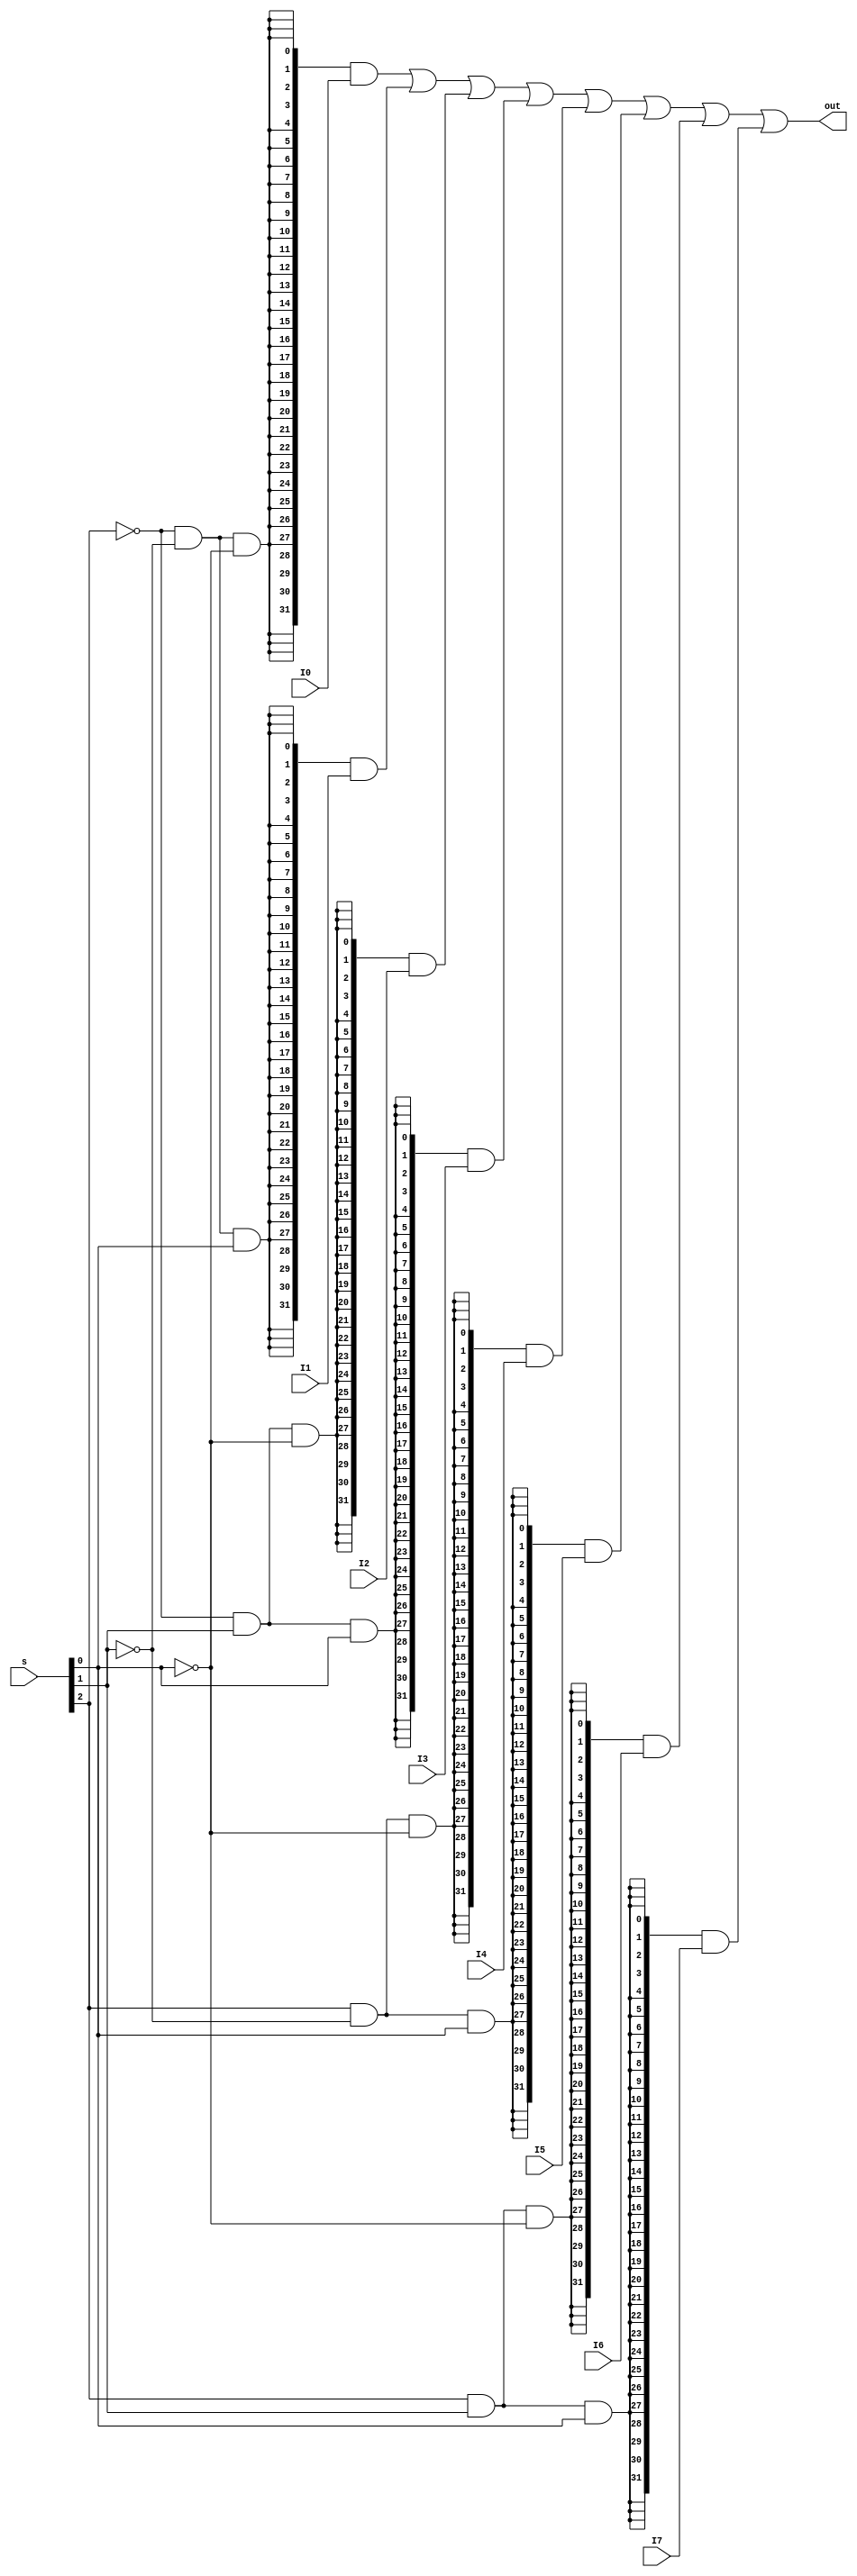
`timescale 1ns / 1ps
//////////////////////////////////////////////////////////////////////////////////
// Company: 
// Engineer: 
// 
// Design Name: 
// Module Name:    MUX8T1_32 
// Project Name: 
// Target Devices: 
// Tool versions: 
// Description: 
//
// Dependencies: 
//
// Revision: 
// Revision 0.01 - File Created
// Additional Comments: 
//
//////////////////////////////////////////////////////////////////////////////////
module MUX8T1_32(
    input [2:0] s,
    input [31:0] I0,
    input [31:0] I1,
    input [31:0] I2,
    input [31:0] I3,
    input [31:0] I4,
    input [31:0] I5,
    input [31:0] I6,
    input [31:0] I7,
    output [31:0] out
    );

    wire EN0 = (~s[2]) & (~s[1]) & (~s[0]);
    wire EN1 = (~s[2]) & (~s[1]) & ( s[0]);
    wire EN2 = (~s[2]) & ( s[1]) & (~s[0]);
    wire EN3 = (~s[2]) & ( s[1]) & ( s[0]);
    wire EN4 = ( s[2]) & (~s[1]) & (~s[0]);
    wire EN5 = ( s[2]) & (~s[1]) & ( s[0]);
    wire EN6 = ( s[2]) & ( s[1]) & (~s[0]);
    wire EN7 = ( s[2]) & ( s[1]) & ( s[0]);
    
    
    assign out = ({32{EN0}} & I0) | 
                 ({32{EN1}} & I1) | 
                 ({32{EN2}} & I2) | 
                 ({32{EN3}} & I3) |
                 ({32{EN4}} & I4) | 
                 ({32{EN5}} & I5) | 
                 ({32{EN6}} & I6) | 
                 ({32{EN7}} & I7);


endmodule